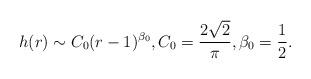
LaTeX: \begin{align*}h(r)\sim C_0(r-1)^{\beta_0}, C_0=\frac{2\sqrt{2}}{\pi}, \beta_0=\frac{1}{2}.\end{align*}